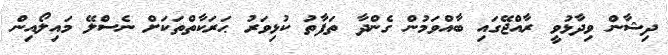
ދިޝާން ވިދާޅުވީ ރާއްޖޭގައި ބާއްވަމުން ގެންދާ ތަފާތު ކުޅިވަރު ޙަރަކާތްތަކަށް ނެސްލޭ މައިލޯއިން